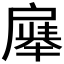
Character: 𪭚